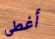
أغطي